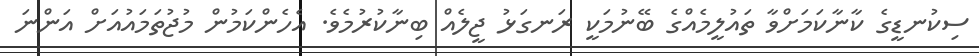
ސިކުނޑީގެ ކާނާކަމަށްވާ ތައުލީމެއްގެ ބޭނުމަކީ ރަނގަޅު ޖީލެއް ބިނާކުރުމެވެ. އެހެންކަމުން މުޖުތަމައުއަށް އަންނަ